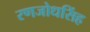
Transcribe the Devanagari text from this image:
रणजोधसिंह